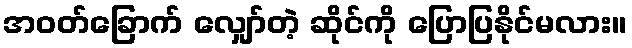
အဝတ်ခြောက် လျှော်တဲ့ ဆိုင်ကို ပြောပြနိုင်မလား။